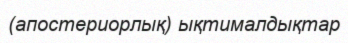
(апостериорлық) ықтималдықтар